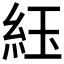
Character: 𬗈